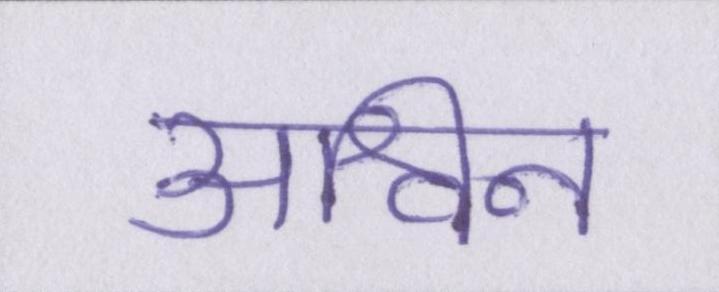
अश्विन